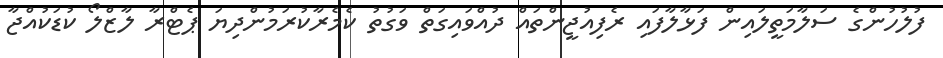
ފުލުހުންގެ ސަލާމަތީލައިން ފަޅާލާފައި ރެފިއުޖީންތައް ދުއްވައިގަތް ވަގުތު ކެމެރާކުރަމުންދިޔަ ޕެޓްރާ ލާޒްލޯ ކުޑަކުއްޖާ